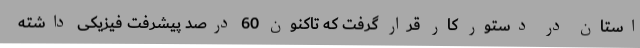
استان در دستور کار قرار گرفت که تاکنون 60 درصد پیشرفت فیزیکی داشته